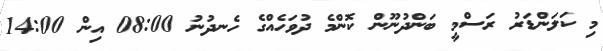
މި ކަލަންޑަރު ރަސްމީ ބަންދުނޫން ކޮންމެ ދުވަހެއްގެ ހެނދުނު 08:00 އިން 14:00